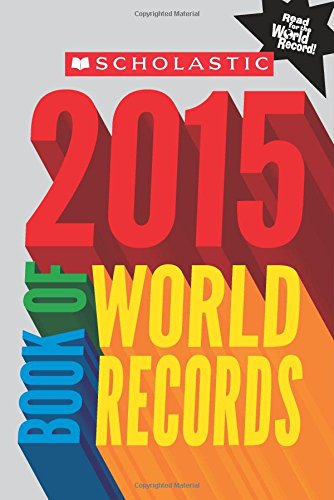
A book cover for Scholastic Book of World Records 2015; Jenifer Corr Morse; Children's Books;